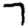
Digit: 7